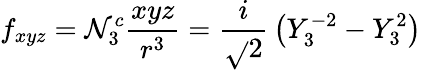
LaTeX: f_{xyz}=\mathcal{N}_{3}^{c}{\frac{{xyz}}{{r^{3}}}}={\frac{{i}}{{\sqrt{}{{2}}}}}\left(Y_{3}^{-2}-Y_{3}^{2}\right)